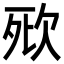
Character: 㰷